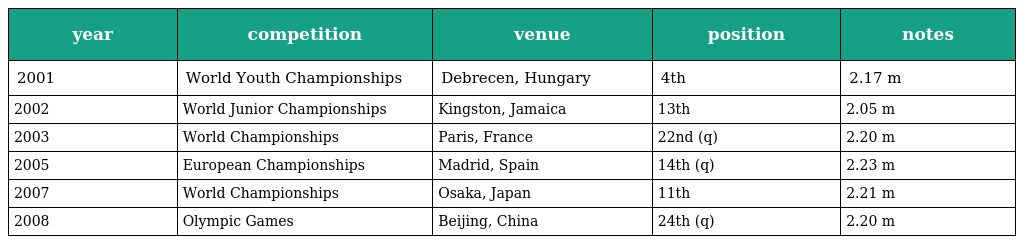
| year | competition | venue | position | notes |
 | --- | --- | --- | --- | --- |
 | 2001 | World Youth Championships | Debrecen, Hungary | 4th | 2.17 m |
 | 2002 | World Junior Championships | Kingston, Jamaica | 13th | 2.05 m |
 | 2003 | World Championships | Paris, France | 22nd (q) | 2.20 m |
 | 2005 | European Championships | Madrid, Spain | 14th (q) | 2.23 m |
 | 2007 | World Championships | Osaka, Japan | 11th | 2.21 m |
 | 2008 | Olympic Games | Beijing, China | 24th (q) | 2.20 m |